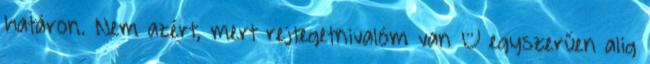
határon. Nem azért, mert rejtegetnivalóm van – egyszerűen alig